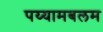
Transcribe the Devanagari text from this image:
पय्यामबलम